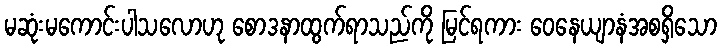
မဆုံးမကောင်းပါသလောဟု စောဒနာထွက်ရာသည်ကို မြင်ရကား ဝေနေယျာနံအစရှိသော